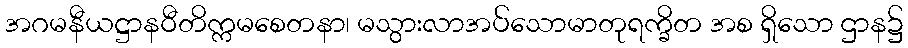
အဂမနီယဋ္ဌာနဝီတိက္ကမစေတနာ၊ မသွားလာအပ်သောမာတုရက္ခိတ အစ ရှိသော ဌာန၌